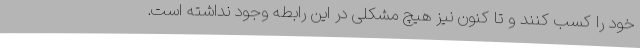
خود را کسب کنند و تا کنون نیز هیچ مشکلی در این رابطه وجود نداشته است.